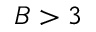
B > 3